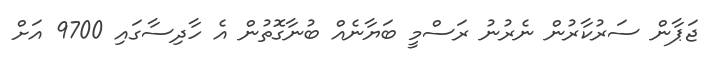
ޖަޕާން ސަރުކާރުން ނެރުނު ރަސްމީ ބަޔާނެއް ބުނާގޮތުން އެ ހާދިސާގައި 9700 އަށް